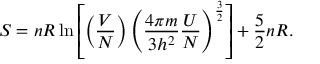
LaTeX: S = n R \ln \left[ \left( { \frac { V } { N } } \right) \left( { \frac { 4 \pi m } { 3 h ^ { 2 } } } { \frac { U } { N } } \right) ^ { \frac { 3 } { 2 } } \right] + { \frac { 5 } { 2 } } n R .